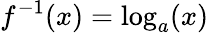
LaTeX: f^{-1}(x)=\log_{a}(x)